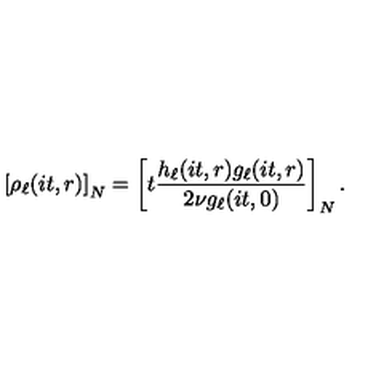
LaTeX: \left[ \rho _ { \ell } ( i t , r ) \right] _ { N } = \left[ t \frac { h _ { \ell } ( i t , r ) g _ { \ell } ( i t , r ) } { 2 \nu g _ { \ell } ( i t , 0 ) } \right] _ { N } .